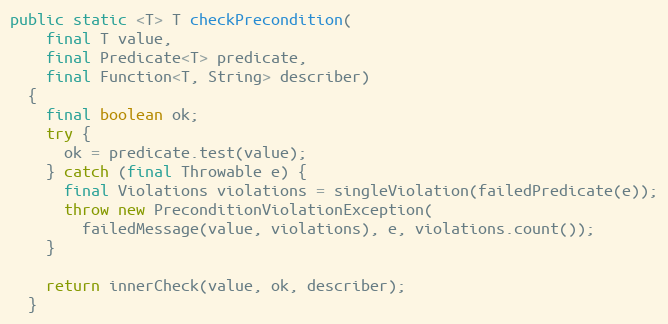
Language: Java
public static <T> T checkPrecondition(
    final T value,
    final Predicate<T> predicate,
    final Function<T, String> describer)
  {
    final boolean ok;
    try {
      ok = predicate.test(value);
    } catch (final Throwable e) {
      final Violations violations = singleViolation(failedPredicate(e));
      throw new PreconditionViolationException(
        failedMessage(value, violations), e, violations.count());
    }

    return innerCheck(value, ok, describer);
  }